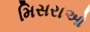
મિસરાઓ